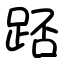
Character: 踎